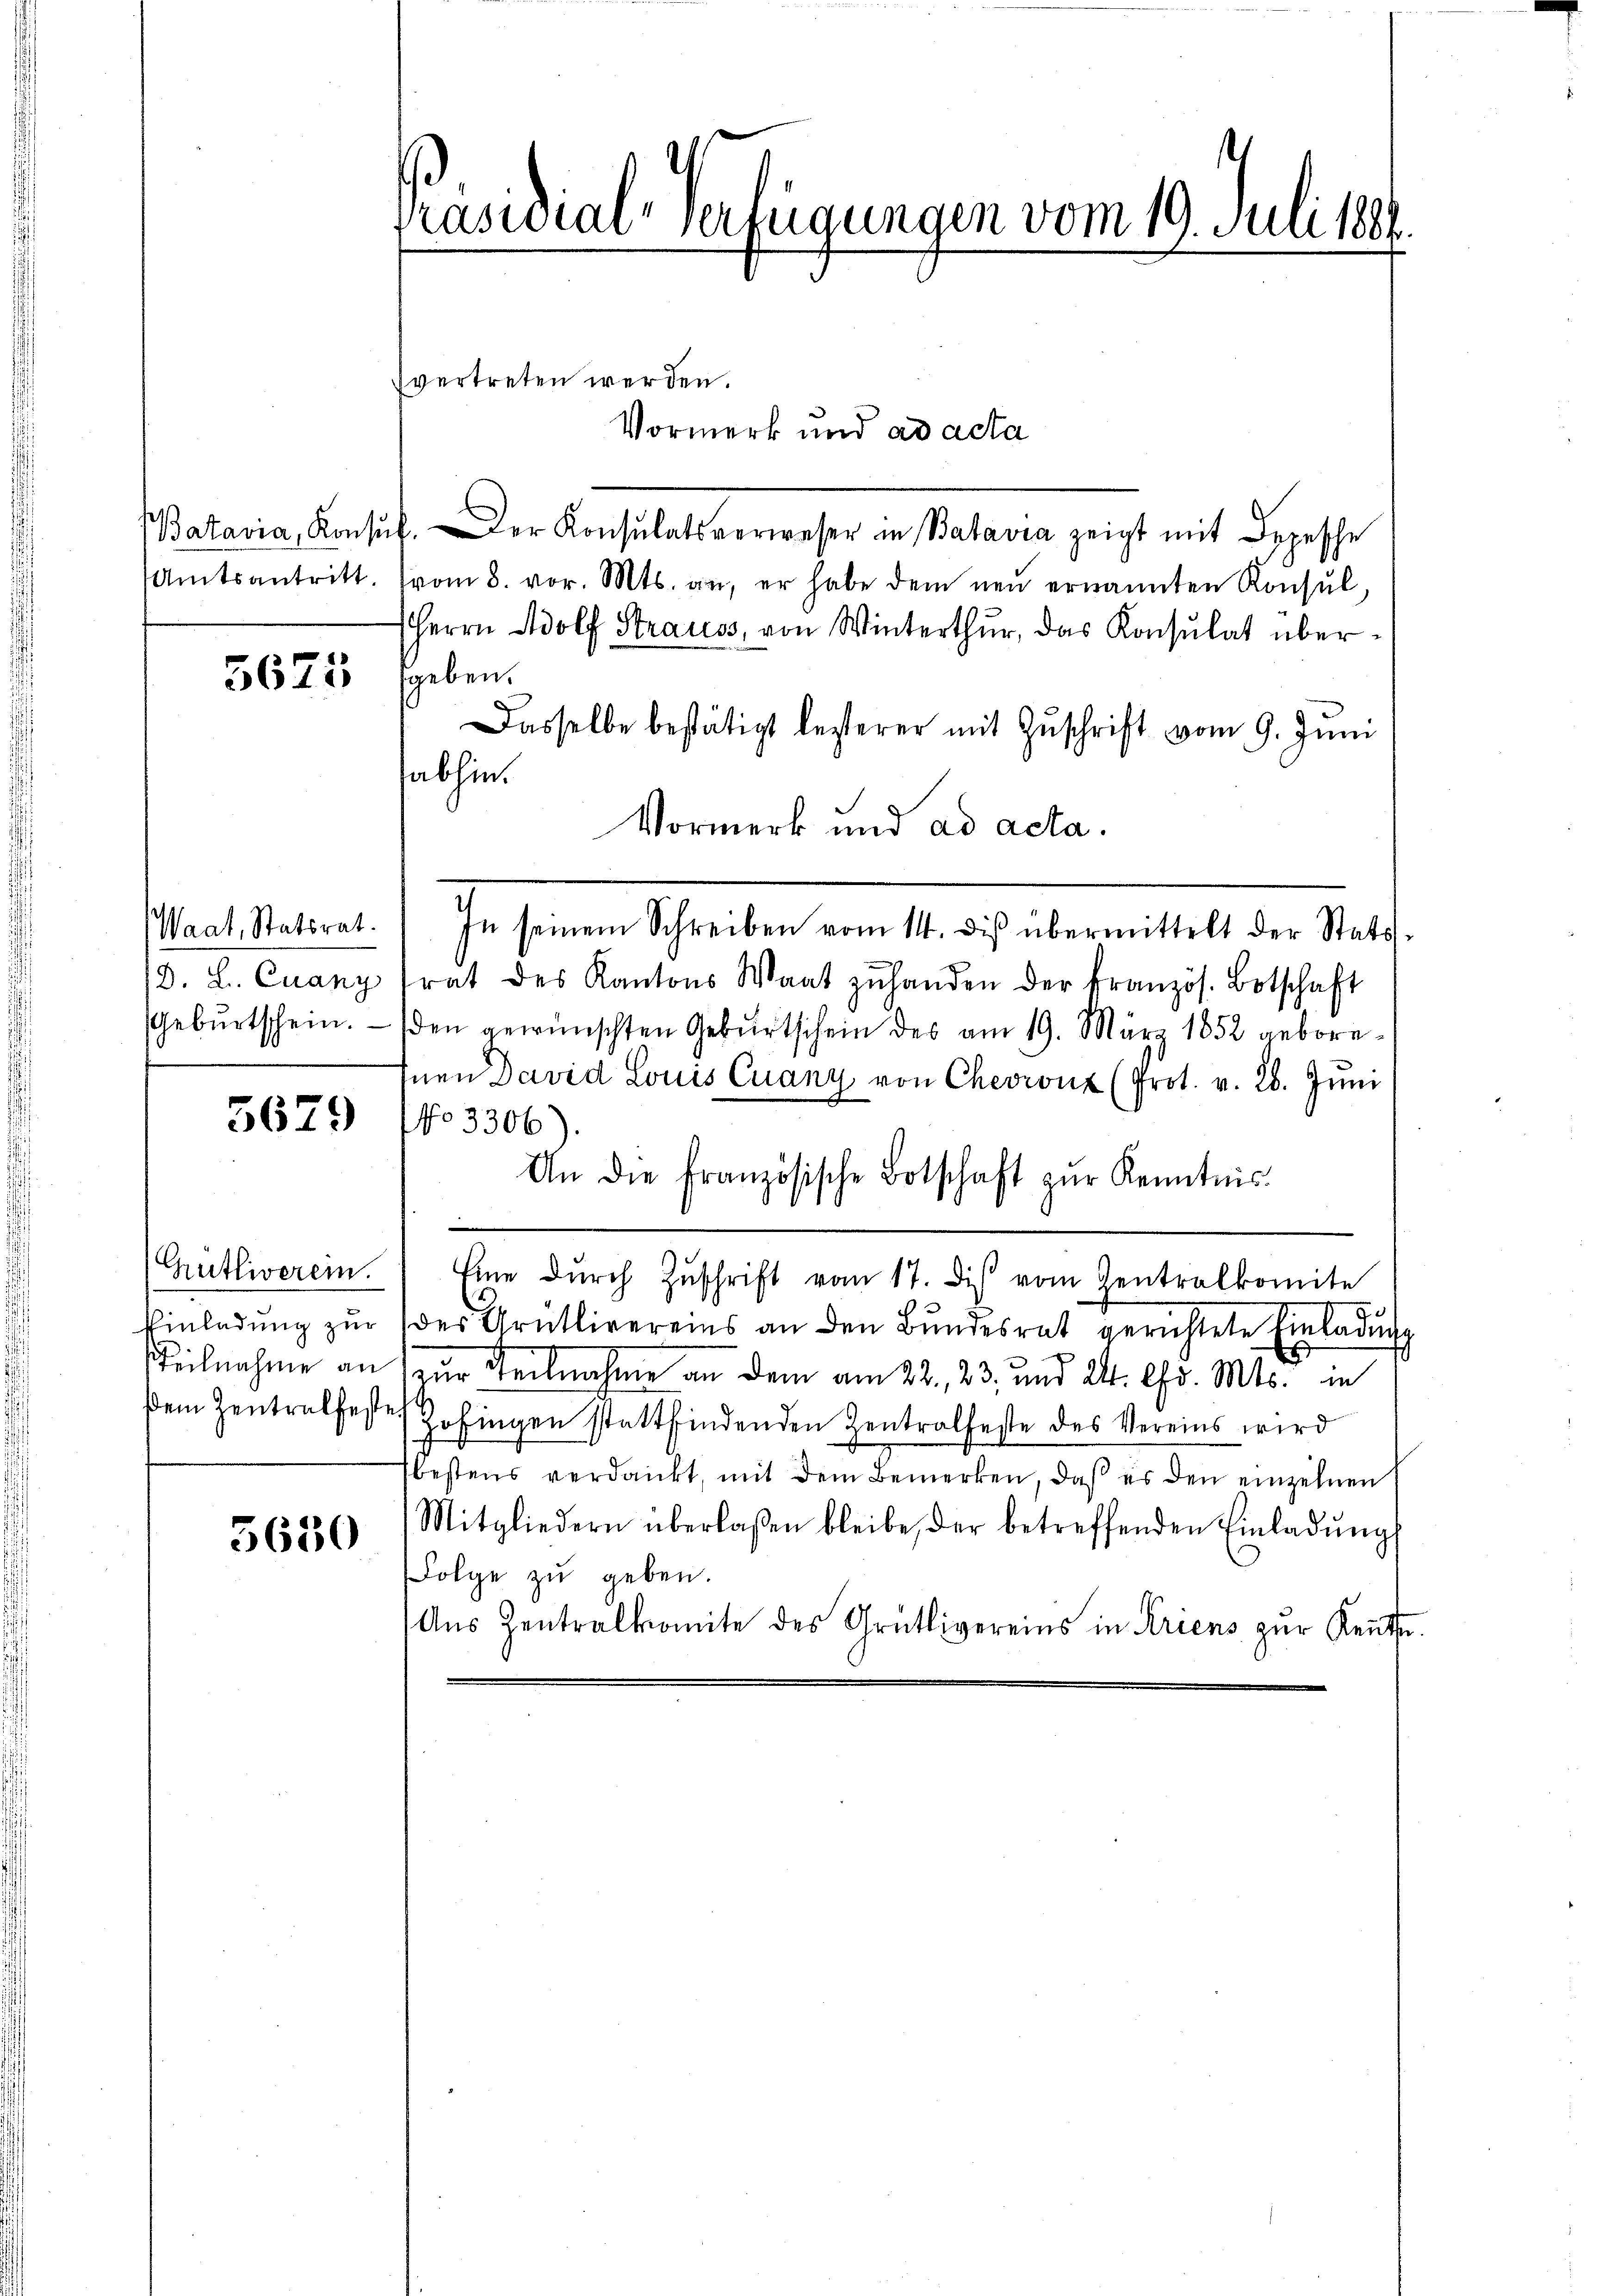
Amtsantritt.

5625

Waat, Statsrat.
15. A. Crang
Geburtschein.

5679

Grütliverei.
Einladung zur

5630

frasnial-Verfügungen vom 19. Juli 1881.

Batavia, Konsŭl. Der Konsulatsverweser in Batavia zeigt mit Depesche
vom 8. vor. Mts. an, er habe dem neŭ ernannten Konsul,
HHerrn Adolf Strauss, von Winterthur, das Konsulat übergeben.
Dasselbe bestätigt lesterer mit Zŭschrift vom 9. Juni
abhin.
Vormerk und ad acta.
In seinem Schreiben vom 14. diβ übermittelt der Stats-
trat des Kantons Waat zŭ handen der kranzös. Botschaft
den gewünschten Gebŭrtschein des am 19. März 1852 geboreinen David Louis Quany von Chevronz (Prot. v. 26. Jŭni
No 3306
An die französische Botschaft zŭr Kenntnis
Eine dŭrch Zŭschrift vom 17. dis vom Zentralkomite
des Grütlivereins an den Bŭndesrat gerichtete Einladŭn
Teilnahme an zur Teilnahme an dem am 22., 23, und 24. Chr. Mts. in
dem Zentralfeste Zofingen stattfindenden Zentralfeste des Vereins wird
bestens verdankt, mit dem Bemerken, daß es den einzelnen
Mitgliedern überlassen bleibe, der betreffenden Einladŭngs
Folge zu geben.
Aŭs Zentralkomite des Grütlivereins in Kriens zur Rente

svertreten werden.
Vormerk und ad acta